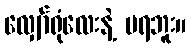
လျှော်ရုံလေးနဲ့ မရဘူး။